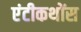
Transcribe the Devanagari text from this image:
एंटीकथोंस